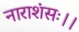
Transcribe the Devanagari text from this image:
नाराशंसः।।